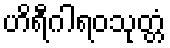
ဟိရီဂါရဝသုတ္တံ